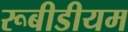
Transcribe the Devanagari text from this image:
रूबीडीयम